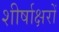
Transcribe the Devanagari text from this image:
शीर्षाक्षरों